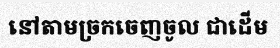
នៅតាមច្រកចេញចូល ជាដើម